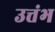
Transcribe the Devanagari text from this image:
उत्तंभ